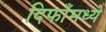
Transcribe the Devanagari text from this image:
दिफाँमध्ये